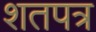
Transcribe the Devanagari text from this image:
शतपत्र